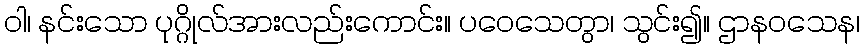
ဝါ၊ နင်းသော ပုဂ္ဂိုလ်အားလည်းကောင်း။ ပဝေသေတွာ၊ သွင်း၍။ ဌာနဝသေန၊